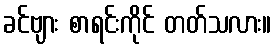
ခင်ဗျား စာရင်းကိုင် တတ်သလား။